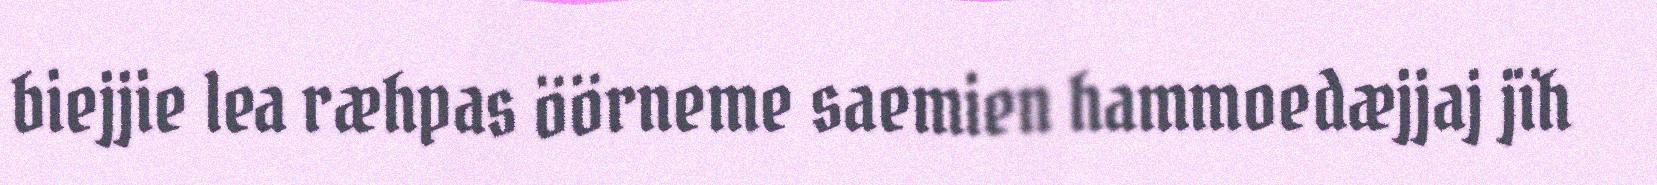
biejjie lea ræhpas öörneme saemien hammoedæjjaj jïh